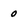
Character: 0